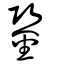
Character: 銎